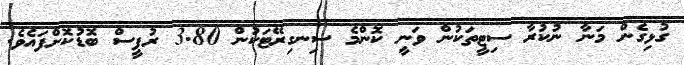
ގުޅިގެން މަނާ ނުކުރާ ސިޓީތަކުން ވަނީ ކޮންމެ ސިނގިރޭޓަކުން 3.80 ރުޕީސް ބޮޑުކޮށްފައެވެ.